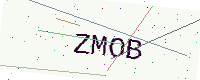
Text: ZMOB